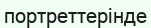
портреттерінде